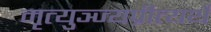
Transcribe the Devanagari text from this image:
मृत्युञ्ज्यप्रीत्यर्थे